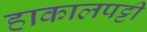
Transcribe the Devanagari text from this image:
हाकालपट्टी